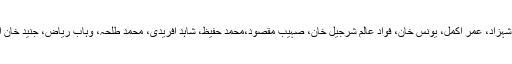
قومی ٹیم کی قیادت مصباح الحق کریں گے جبکہ دیگر کھلاڑیوں میں احمد شہزاد، عمر اکمل، یونس خان، فواد عالم شرجیل خان، صہیب مقصود،محمد حفیظ، شاہد آفریدی، محمد طلحہ، وہاب ریاض، جنید خان اور محمد عرفان شامل ہیں تاہم حتمی ٹیم کا اعلان میچ سے قبل کیا جائے گا۔